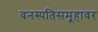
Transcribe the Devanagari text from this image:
वनस्पतिसमूहावर